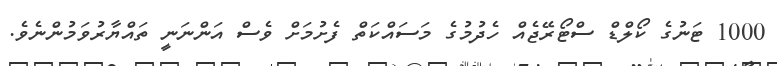
1000 ޓަނުގެ ކޯލްޑް ސްޓޯރޭޖެއް ހެދުމުގެ މަސައްކަތް ފެށުމަށް ވެސް އަންނަނީ ތައްޔާރުވަމުންނެވެ.